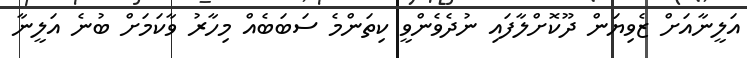
އަލީނާއަށް ޒެވިޔަން ދޫކޮށްލާފައި ނުދެވެންވީ ކިތަންމެ ސަބަބެއް މިހާރު ވާކަމަށް ބުނެ އަލީނާ